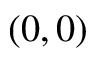
( 0 , 0 )